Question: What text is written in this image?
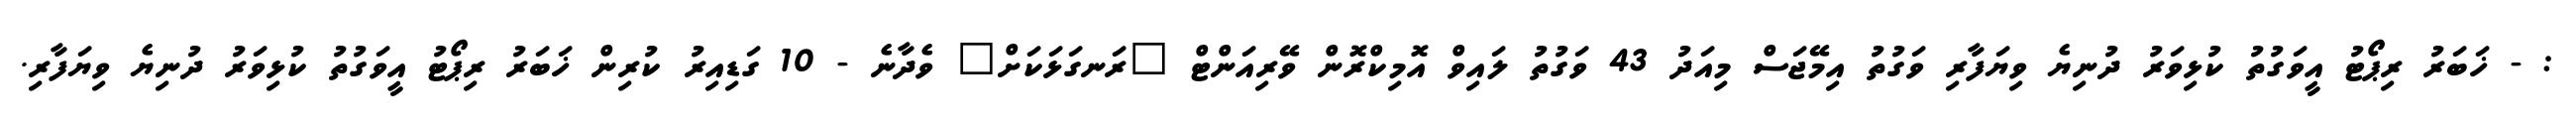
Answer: : - ޚަބަރު ރިޕޯޓު އީވަގުތު ކުޅިވަރު ދުނިޔެ ވިޔަފާރި ވަގުތު އިމޭޖަސް މިއަދު 43 ވަގުތު ލައިވް އޮމިކްރޮން ވޭރިއަންޓް "ރަނގަޅަކަށް" ވެދާނެ - 10 ގަޑިއިރު ކުރިން ޚަބަރު ރިޕޯޓު އީވަގުތު ކުޅިވަރު ދުނިޔެ ވިޔަފާރި.